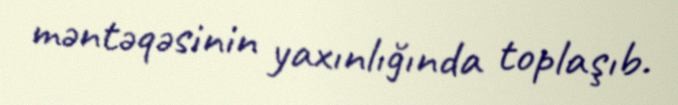
məntəqəsinin yaxınlığında toplaşıb.